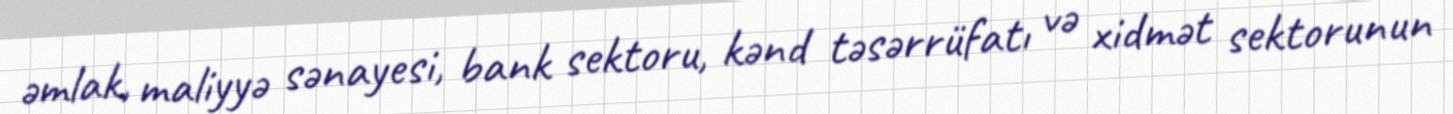
əmlak, maliyyə sənayesi, bank sektoru, kənd təsərrüfatı və xidmət sektorunun